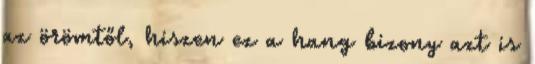
az örömtől, hiszen ez a hang bizony azt is